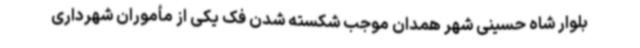
بلوار شاه حسینی شهر همدان موجب شکسته شدن فک یکی از مأموران شهرداری